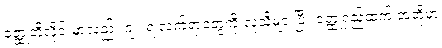
ဝတ္ထုတိုလိုင်းမှာလည်း ဂျူးရဲ့လက်ရာတွေကို လူသိများပြီး ဝတ္ထုရှည်ထက် အတိုမှာ